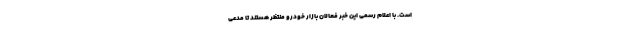
است. با اعلام رسمی این خبر فعالان بازار خودرو منتظر هستند تا مدعی